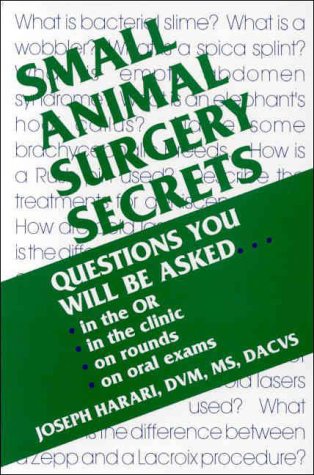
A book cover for Small Animal Surgery Secrets, 1e; Joseph Harari DVM  MS  Dip ACVS; Medical Books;